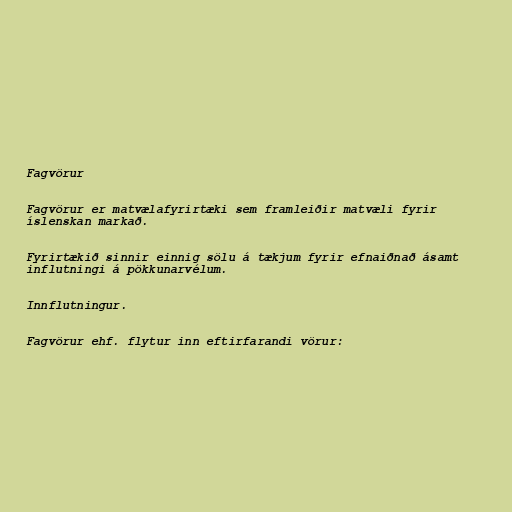
Fagvörur

Fagvörur er matvælafyrirtæki sem framleiðir matvæli fyrir
íslenskan markað.

Fyrirtækið sinnir einnig sölu á tækjum fyrir efnaiðnað ásamt
influtningi á pökkunarvélum.

Innflutningur.

Fagvörur ehf. flytur inn eftirfarandi vörur: